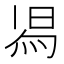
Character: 𭴷